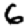
Digit: 6